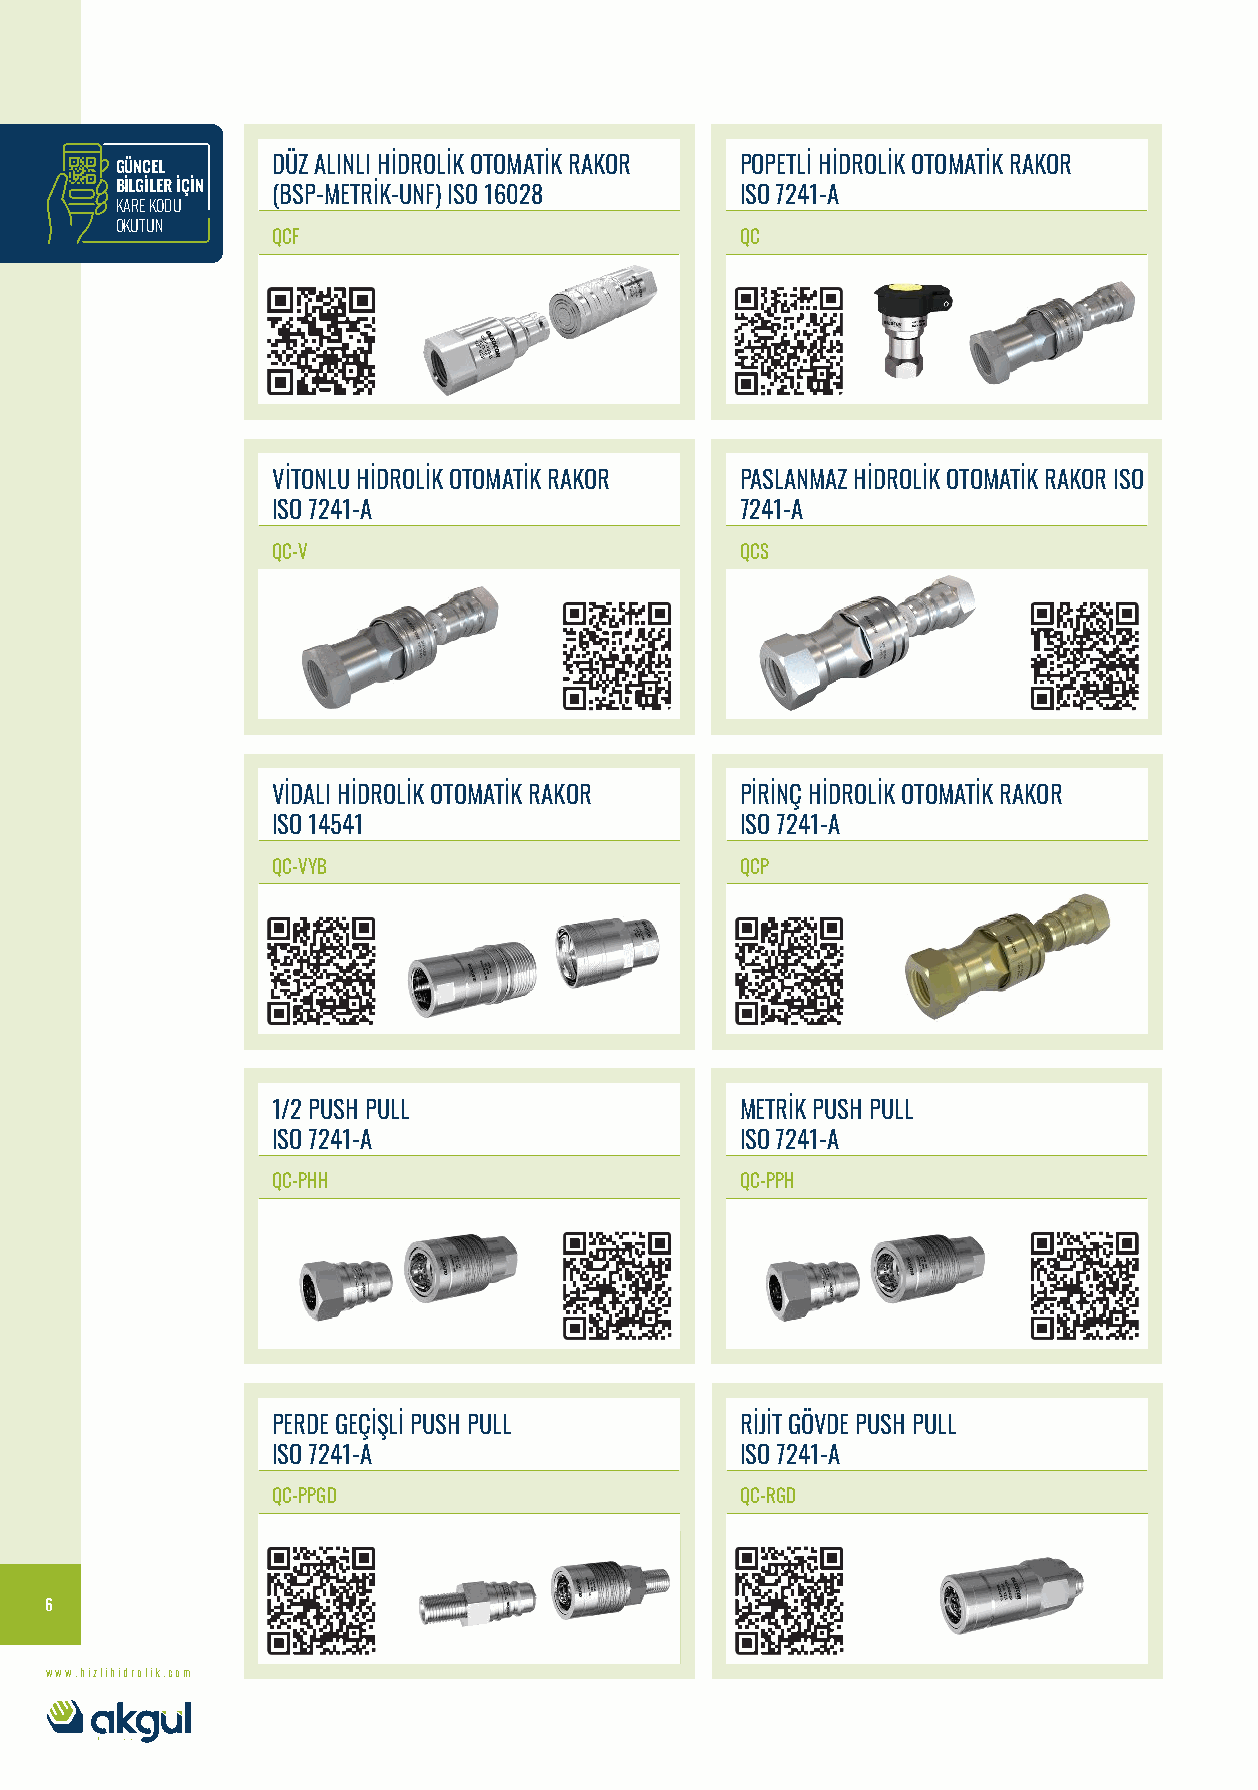
GÜNCEL    DÜZ ALINLI HİDROLİK OTOMATİK RAKOR POPETLİ HİDROLİK OTOMATİK RAKOR
 BİLGİLER İÇİN (BSP-METRİK-UNF) ISO 16028 ISO 7241-A
 KARE KODU
 OKUTUN
 QCF                            QC
 VİTONLU HİDROLİK OTOMATİK RAKOR PASLANMAZ HİDROLİK OTOMATİK RAKOR ISO
 ISO 7241-A                     7241-A
 QC-V                           QCS
 VİDALI HİDROLİK OTOMATİK RAKOR PİRİNÇ HİDROLİK OTOMATİK RAKOR
 ISO 14541                      ISO 7241-A
 QC-VYB                         QCP
 1/2 PUSH PULL                  METRİK PUSH PULL
 ISO 7241-A                     ISO 7241-A
 QC-PHH                         QC-PPH
 PERDE GEÇİŞLİ PUSH PULL        RİJİT GÖVDE PUSH PULL
 ISO 7241-A                     ISO 7241-A
 QC-PPGD                        QC-RGD
 6
 www.hizlihidrolik.com